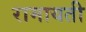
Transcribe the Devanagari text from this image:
रामायती